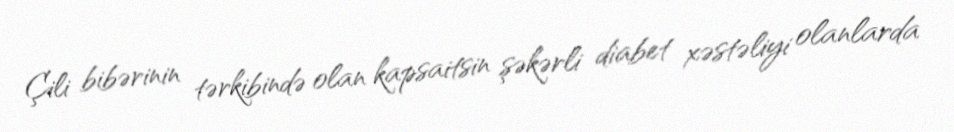
Çili bibərinin tərkibində olan kapsaitsin şəkərli diabet xəstəliyi olanlarda